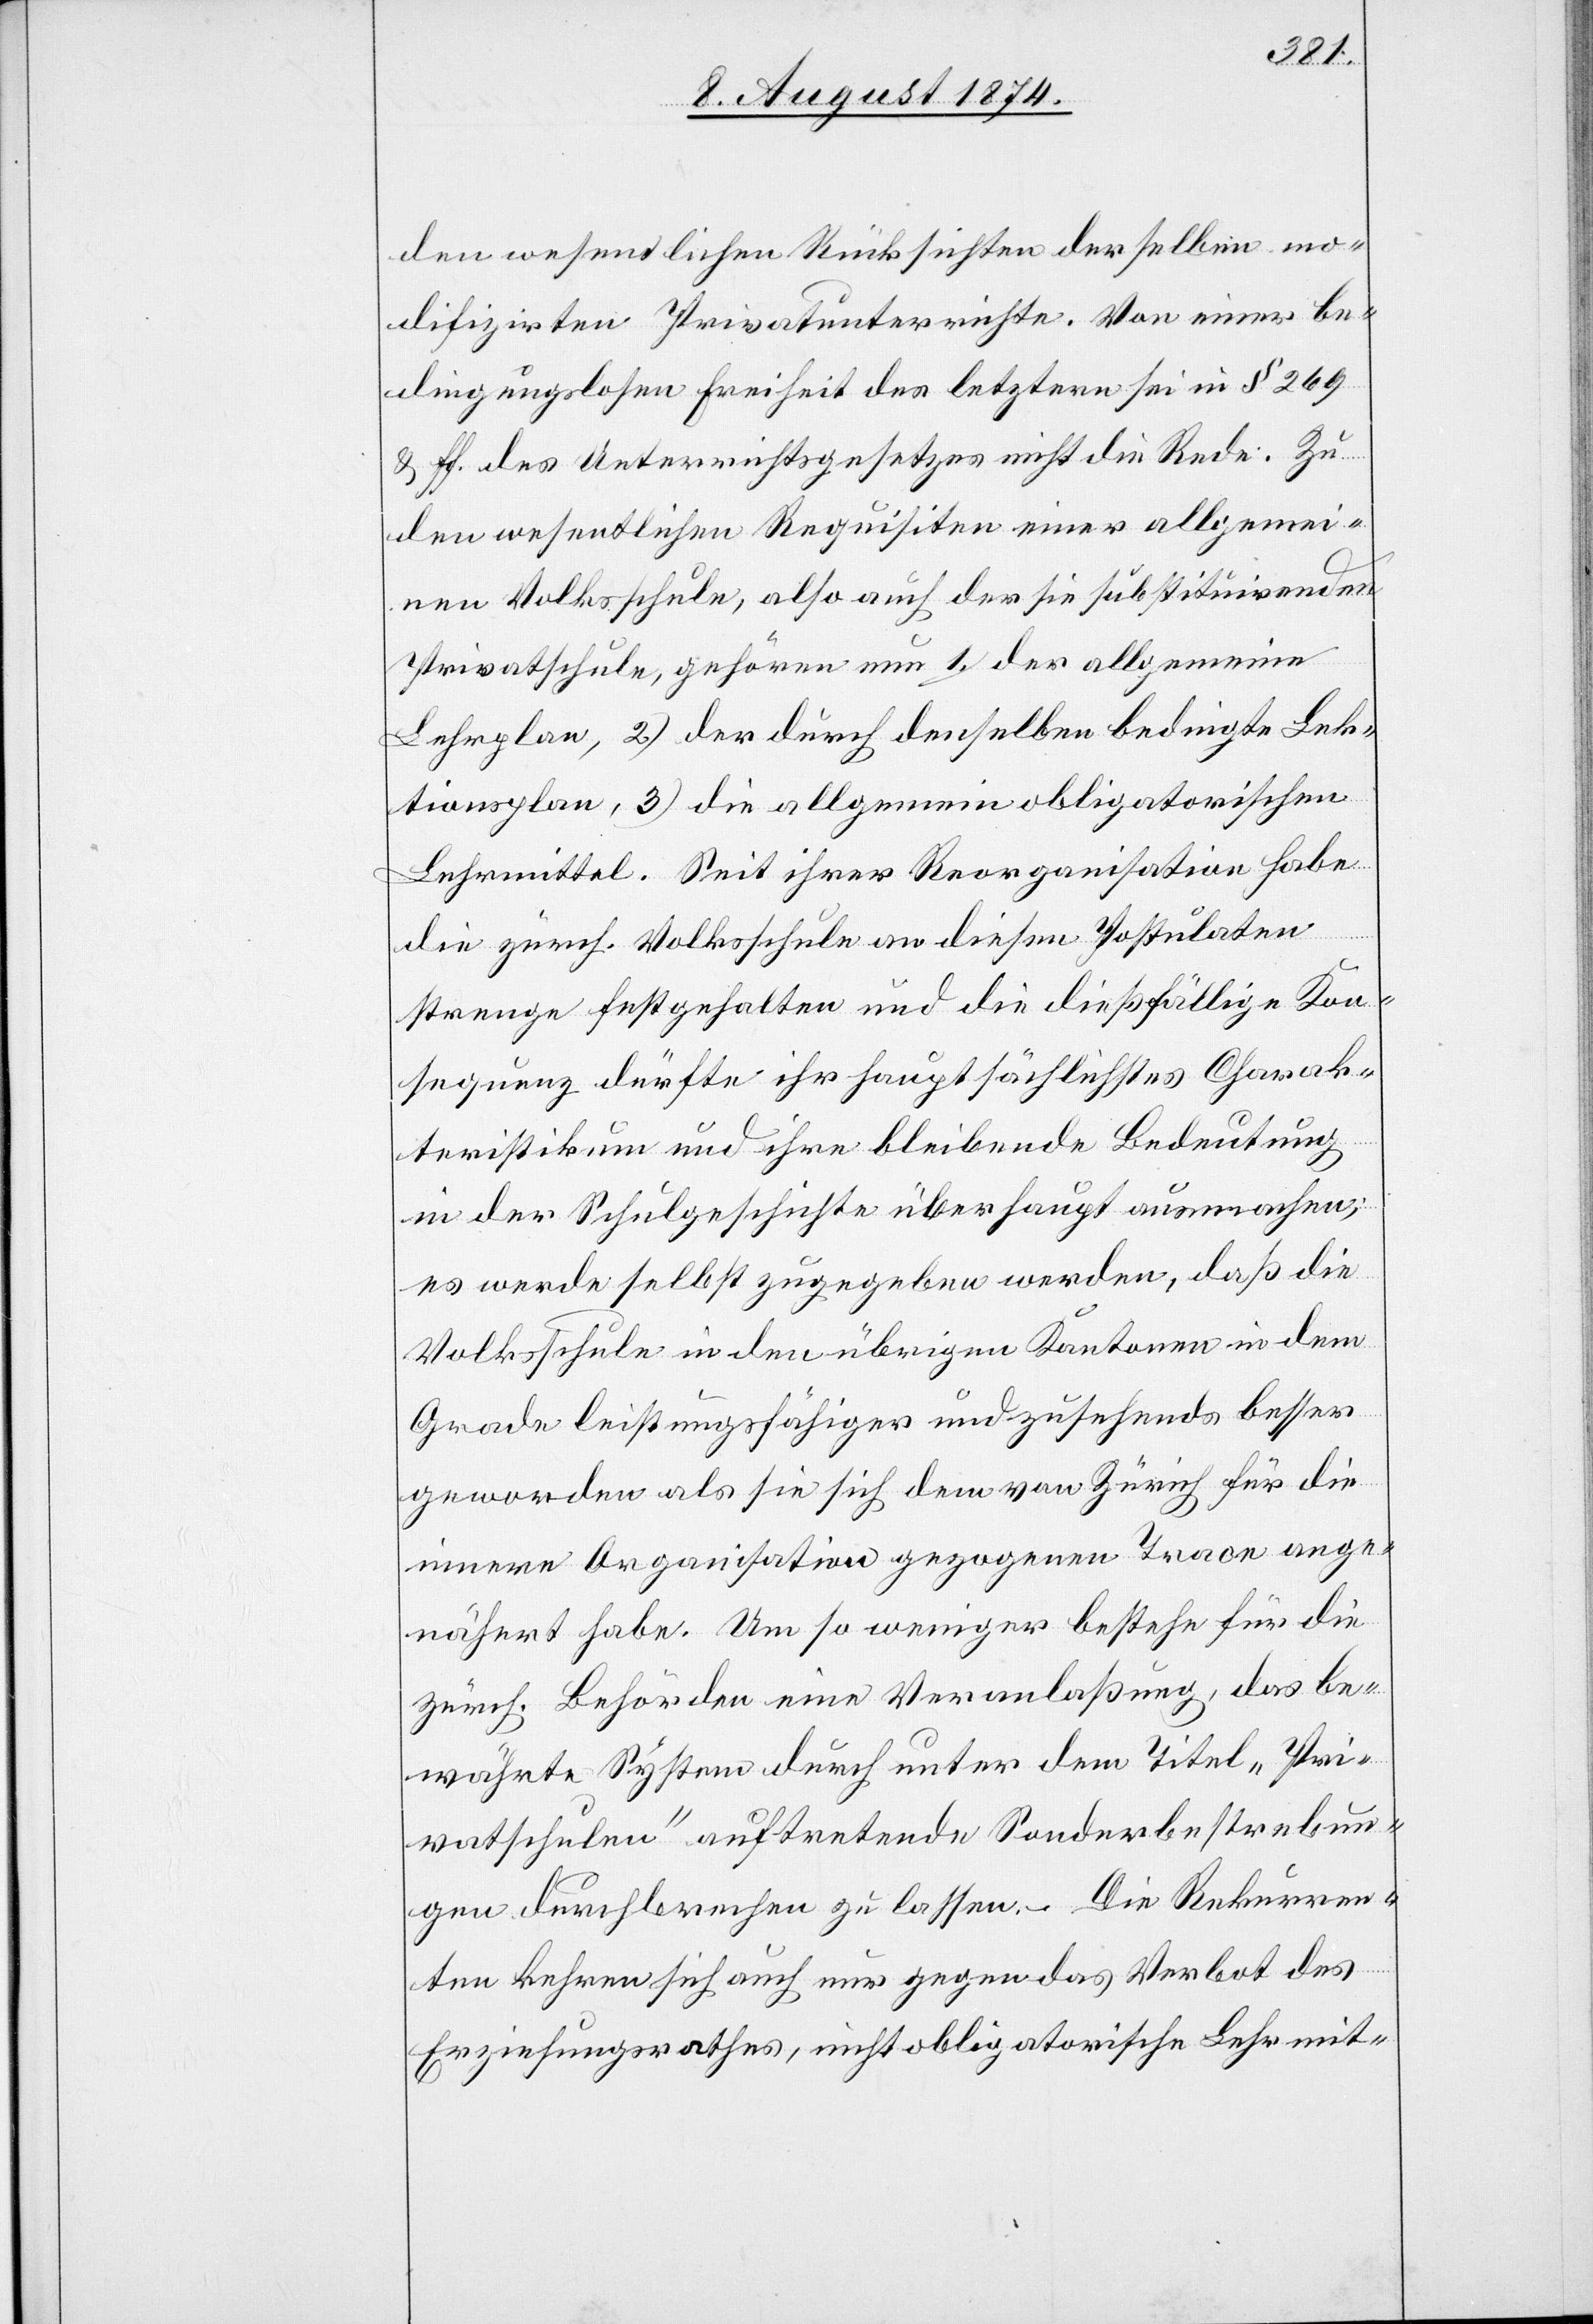
den wesentlichen Rücksichten derselben mo¬
difizirten Privatunterrichte. Von einer be¬
dingungslosen Freiheit des letztern sei in § 269
u. ff. des Unterrichtsgesetzes nicht die Rede. Zu
den wesentlichen Requisiten einer allgemei¬
nen Volksschule, also auch der sie substituirenden
Privatschule, gehören nun 1.) der allgemeine
Lehrplan, 2.) der durch denselben bedingte Lek¬
tionsplan, 3.) die allgemein obligatorischen
Lehrmittel. Seit ihrer Reorganisation habe
die zürch. Volksschule an diesen Postulaten
strenge festgehalten und die dießfällige Kon¬
sequenz dürfte ihr hauptsächlichstes Charak¬
teristikum und ihre bleibende Bedeutung
in der Schulgeschichte überhaupt ausmachen;
es werde selbst zugegeben werden, daß die
Volksschule in den übrigen Kantonen in dem
Grade leistungsfähiger und zusehends besser
geworden als sie sich dem von Zürich für die
innere Organisation gezogenen Trace ange¬
nähert habe. Um so weniger bestehe für die
zürch. Behörden eine Veranlaßung, das be¬
währte System durch unter dem Titel „Pri¬
vatschulen“ auftretende Sonderbestrebun¬
gen durchbrechen zu lassen. Die Rekurren¬
ten kehren sich auch nur gegen das Verbot des
Erziehungsrathes, nicht obligatorische Lehrmit-